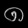
Digit: ၈